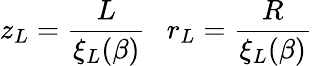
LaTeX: z_{L}=\frac{L}{\xi_{L}(\beta)}~~~r_{L}=\frac{R}{\xi_{L}(\beta)}